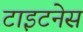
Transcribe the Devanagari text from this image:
टाइटनेस